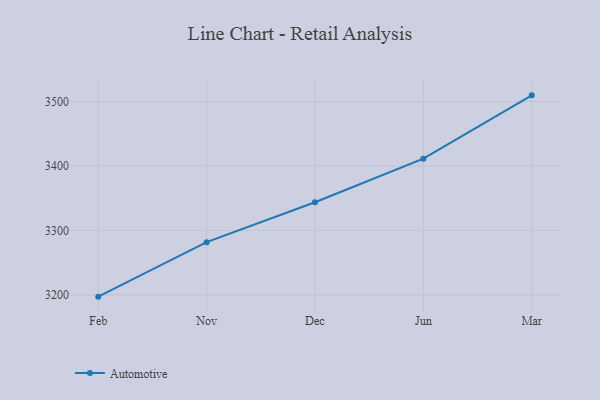
{"axis": {"x": "Month", "y": "Budget (USD K)"}, "legend": ["Automotive"], "data": [{"x": "Feb", "y": 3197.3, "type": "Automotive"}, {"x": "Nov", "y": 3281.8, "type": "Automotive"}, {"x": "Dec", "y": 3343.7, "type": "Automotive"}, {"x": "Jun", "y": 3411.4, "type": "Automotive"}, {"x": "Mar", "y": 3509.6, "type": "Automotive"}]}